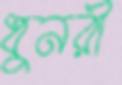
ধুনরী